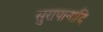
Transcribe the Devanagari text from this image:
सुरापानादि